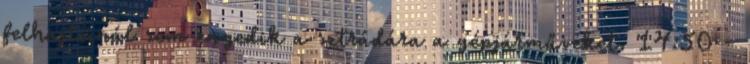
felhajtóinál sem engedik a sztrádára a gépjárműveket. 14:50 -